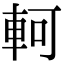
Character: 軻